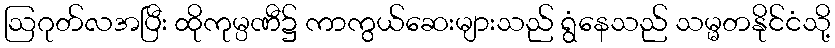
ဩဂုတ်လအပြီး ထိုကုမ္ပဏီ၌ ကာကွယ်ဆေးများသည် ရွံနေသည် သမ္မတနိုင်ငံသို့